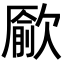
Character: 𣤔